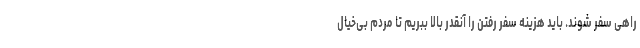
راهی سفر شوند. باید هزینه سفر رفتن را آنقدر بالا ببریم تا مردم بی‌خیال